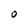
Character: O